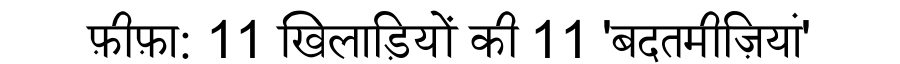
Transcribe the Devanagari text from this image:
फ़ीफ़ा: 11 खिलाड़ियों की 11 'बदतमीज़ियां'